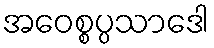
အဝေစ္စပ္ပသာဒေါ